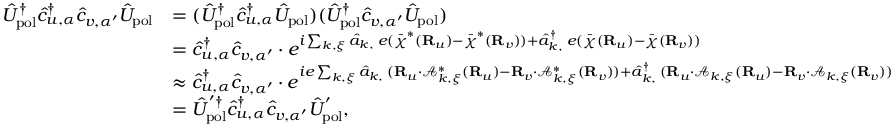
\begin{array} { r l } { \hat { U } _ { \mathrm { p o l } } ^ { \dagger } \hat { c } _ { u , \alpha } ^ { \dagger } \hat { c } _ { v , \alpha ^ { \prime } } \hat { U } _ { \mathrm { p o l } } } & { = ( \hat { U } _ { \mathrm { p o l } } ^ { \dagger } \hat { c } _ { u , \alpha } ^ { \dagger } \hat { U } _ { \mathrm { p o l } } ) ( \hat { U } _ { \mathrm { p o l } } ^ { \dagger } \hat { c } _ { v , \alpha ^ { \prime } } \hat { U } _ { \mathrm { p o l } } ) } \\ & { = \hat { c } _ { u , \alpha } ^ { \dagger } \hat { c } _ { v , \alpha ^ { \prime } } \cdot e ^ { i \sum _ { { \boldsymbol k } , { \boldsymbol \xi } } \hat { a } _ { { \boldsymbol k } , { \bf \xi } } e ( \bar { \boldsymbol \chi } ^ { * } ( { \bf R } _ { u } ) - \bar { \boldsymbol \chi } ^ { * } ( { \bf R } _ { v } ) ) + \hat { a } _ { { \boldsymbol k } , { \bf \xi } } ^ { \dagger } e ( \bar { \boldsymbol \chi } ( { \bf R } _ { u } ) - \bar { \boldsymbol \chi } ( { \bf R } _ { v } ) ) } } \\ & { \approx \hat { c } _ { u , \alpha } ^ { \dagger } \hat { c } _ { v , \alpha ^ { \prime } } \cdot e ^ { i e \sum _ { { \boldsymbol k } , { \boldsymbol \xi } } \hat { a } _ { { \boldsymbol k } , { \bf \xi } } ( { \bf R } _ { u } \cdot \mathcal { A } _ { { \boldsymbol k } , { \boldsymbol \xi } } ^ { * } ( { \bf R } _ { u } ) - { \bf R } _ { v } \cdot \mathcal { A } _ { { \boldsymbol k } , { \boldsymbol \xi } } ^ { * } ( { \bf R } _ { v } ) ) + \hat { a } _ { { \boldsymbol k } , { \bf \xi } } ^ { \dagger } ( { \bf R } _ { u } \cdot \mathcal { A } _ { { \boldsymbol k } , { \boldsymbol \xi } } ( { \bf R } _ { u } ) - { \bf R } _ { v } \cdot \mathcal { A } _ { { \boldsymbol k } , { \boldsymbol \xi } } ( { \bf R } _ { v } ) ) } } \\ & { = \hat { U } _ { \mathrm { p o l } } ^ { ' \dagger } \hat { c } _ { u , \alpha } ^ { \dagger } \hat { c } _ { v , \alpha ^ { \prime } } \hat { U } _ { \mathrm { p o l } } ^ { ' } , } \end{array}